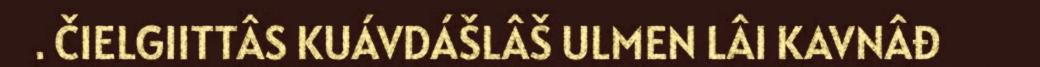
. ČIELGIITTÂS KUÁVDÁŠLÂŠ ULMEN LÂI KAVNÂĐ